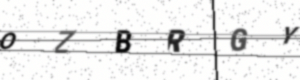
Text: OZBRGY